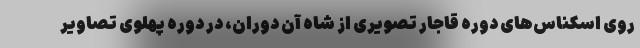
روی اسکناس‌های دوره قاجار تصویری از شاه آن دوران، در دوره پهلوی تصاویر